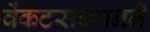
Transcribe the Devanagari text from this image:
वेंकटराघवनने